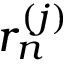
r _ { n } ^ { ( j ) }